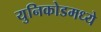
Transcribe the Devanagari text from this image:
युनिकोडमध्‍ये